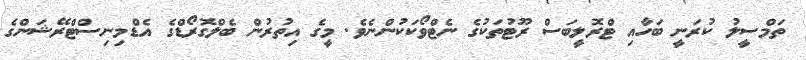
ތަމްސީލު ކުރަނީ ބަހާއި ޓްރޮލީބަސް ރޫޓުތަކުގެ ނެޓްވޯކަކުންނެވެ. މީގެ އިތުރުން ބެލްގޮރޯޑްގެ އެޑްމިނިސްޓްރޭޝަންގެ